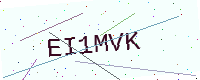
Text: EI1MVK